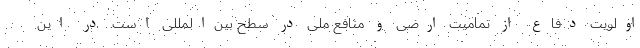
اولویت دفاع از تمامیت ارضی و منافع ملی در سطح بین‌المللی است. در این